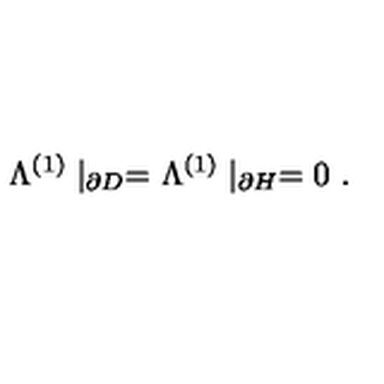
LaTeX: \Lambda ^ { ( 1 ) } \mid _ { \partial D } = \Lambda ^ { ( 1 ) } \mid _ { \partial H } = 0 \ .